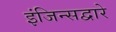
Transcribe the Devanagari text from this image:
इंजिन्सद्वारे